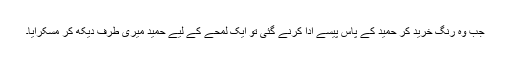
جب وہ رِنگ خرید کر حمید کے پاس پیسے ادا کرنے گئی تو ایک لمحے کے لیے حمید میری طرف دیکھ کر مسکرایا۔